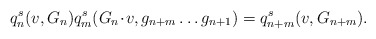
\begin{align*} q_{n}^{s}(v, G_n)q_{m}^{s} ( G_n \!\cdot\! v, g_{n+m} \ldots g_{n+1} )=q_{n+m}^{s}(v, G_{n+m}).\end{align*}